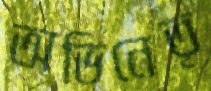
অভিনেতৃ